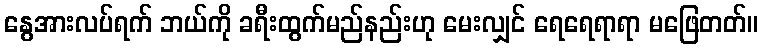
နွေအားလပ်ရက် ဘယ်ကို ခရီးထွက်မည်နည်းဟု မေးလျှင် ရေရေရာရာ မဖြေတတ်။